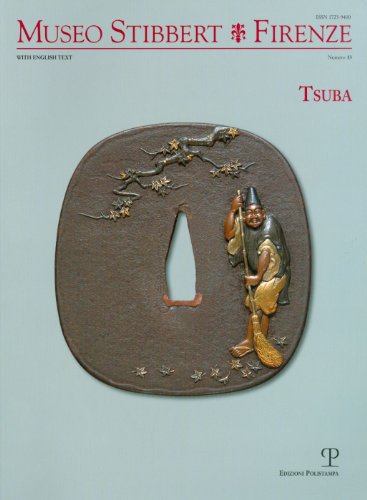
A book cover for Museo Stibbert Firenze n. 13: Tsuba (Italian Edition); Crafts, Hobbies & Home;